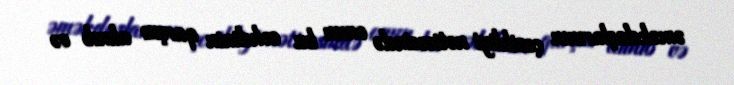
əməkdaşlarının çevikliyi nəticəsində onun bu cəhdinin qarşısı alınıb və